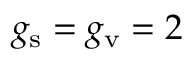
g _ { \mathrm { s } } = g _ { \mathrm { v } } = 2